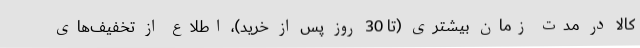
کالا در مدت زمان بیشتری (تا 30 روز پس از خرید)، اطلاع از تخفیف‌های